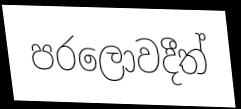
පරලොවදීත්